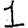
Digit: 1